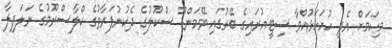
މިކަމަށް އެދި ހުށަހަޅުއްވާ ސިޓީއުރައިގެ ބޭރުގައި ވޭމަންޑޫ ސްކޫލުގެ ދެކުނުފަރާތުގެ ކްލާސްރޫމުގެ ނަލަފިލާ